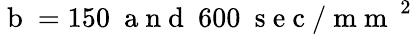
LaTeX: \mathrm{~b~}=150\ \mathrm{~a~n~d~}\ 600\ \mathrm{~s~e~c~/~m~m~}^{\mathrm{~2~}}